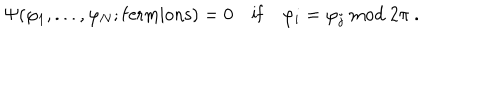
\Psi ( \varphi _ { 1 } , . . . , \varphi _ { N } ; \mathrm { f e r m i o n s } ) = 0 \quad \mathrm { i f } \quad \varphi _ { i } = \varphi _ { j } \ \mathrm { m o d } \ 2 \pi \ .